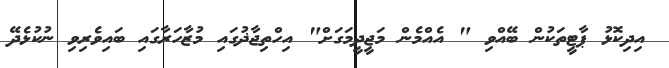
އިދިކޮޅު ޕާޓީތަކުން ބޭއްވި " އެއްމެން މަޖީދީމަގަށް" އިހްތިޖާޛުގައި މުޒާހަރާގައި ބައިވެރިވި ނުކުޅެދޭ